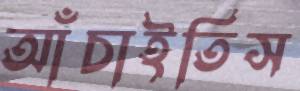
আঁচাইতিস